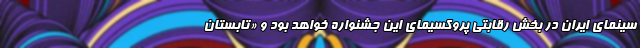
سینمای ایران در بخش رقابتی پروکسیمای این جشنواره خواهد بود و «تابستان